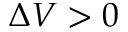
\Delta V > 0